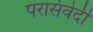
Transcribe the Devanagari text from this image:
परासंवेदी